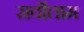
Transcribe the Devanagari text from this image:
सर्वोताम